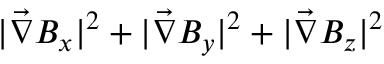
| \vec { \nabla } B _ { x } | ^ { 2 } + | \vec { \nabla } B _ { y } | ^ { 2 } + | \vec { \nabla } B _ { z } | ^ { 2 }